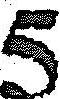
5